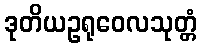
ဒုတိယဥရုဝေလသုတ္တံ